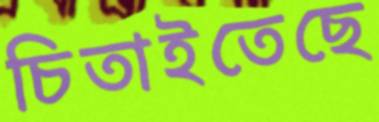
চিতাইতেছে